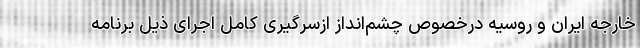
خارجه ایران و روسیه درخصوص چشم‌انداز ازسرگیری کامل اجرای ذیل برنامه